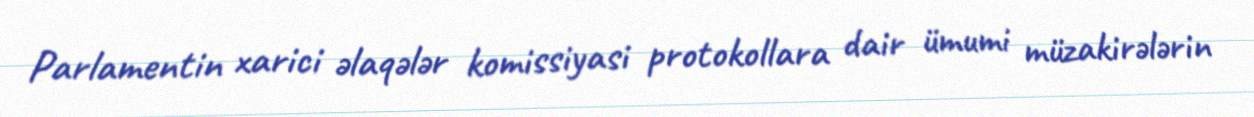
Parlamentin xarici əlaqələr komissiyasi protokollara dair ümumi müzakirələrin